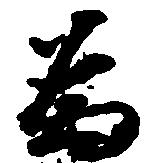
為